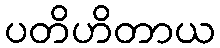
ပတိဟိတာယ